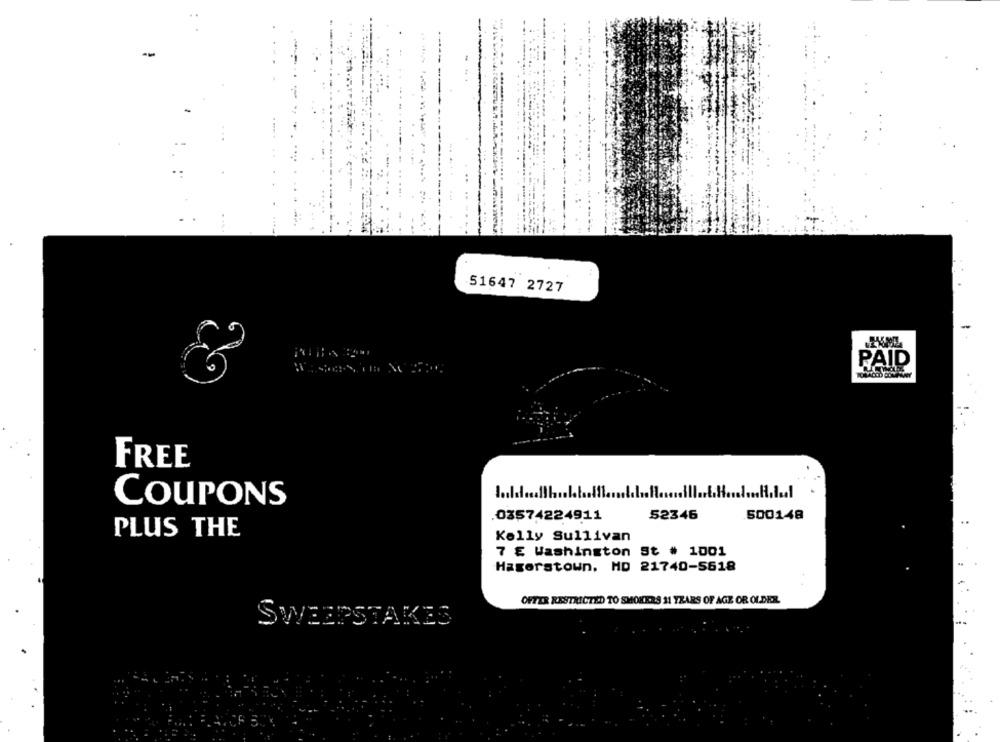
51647 2727
PAID
CASACED COMPANY
FREE
COUPONS
03574224911
52346
500148
PLUS THE
Kelly Sullivan
7 E Washington St # 1001
Hagerstown, HD 21740-5618
OFFER RESTRICTED TO SMOKERS 11 YEARS OF AGE OR OLDER
SWEEPSTAKES